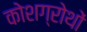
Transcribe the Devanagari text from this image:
कोशग्रोथों